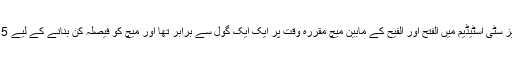
کنگ سلمان بن عبدالعزیز سٹی اسٹیڈیم میں الفتح اور الفیح کے مابین میچ مقررہ وقت پر ایک ایک گول سے برابر تھا اور میچ کو فیصلہ کن بنانے کے لیے 5 منٹ اضافی دیے گئے۔